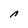
Character: n